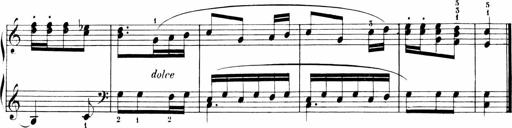
Title: 6 Liedersonatinen
Composer: Carl Reinecke